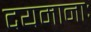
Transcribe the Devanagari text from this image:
दयमानाः